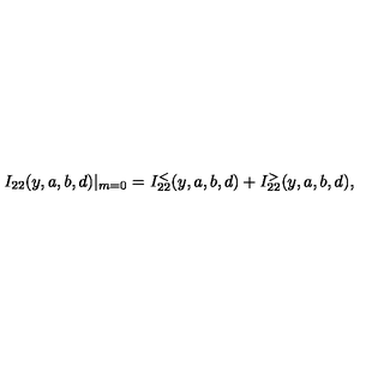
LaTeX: I _ { 2 2 } ( y , a , b , d ) | _ { m = 0 } = I _ { 2 2 } ^ { < } ( y , a , b , d ) + I _ { 2 2 } ^ { > } ( y , a , b , d ) ,